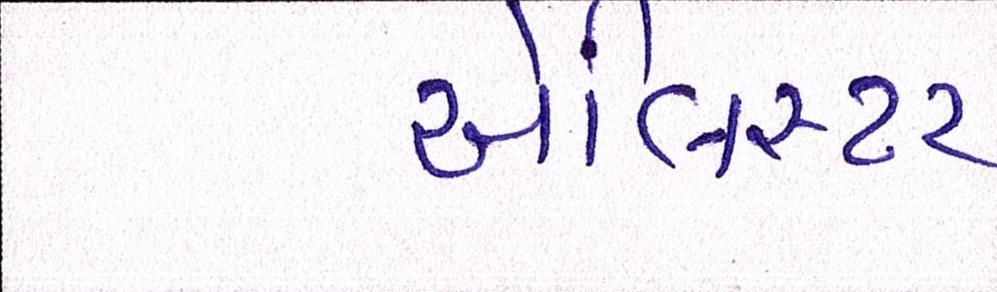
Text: એલિસ્ટર